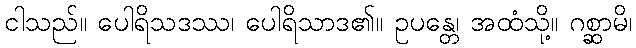
ငါသည်။ ပေါရိသဒဿ၊ ပေါရိသာဒ၏။ ဥပန္တေ၊ အထံသို့။ ဂစ္ဆာမိ၊